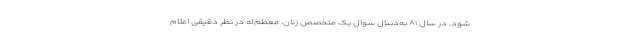
شود. در سال ۸۱ به‌دنبال سوال یک متخصص زنان، معظم‌له در نظر دقیقی اعلام